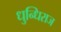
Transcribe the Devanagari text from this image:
धुन्धिराज